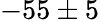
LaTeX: -55\pm 5